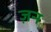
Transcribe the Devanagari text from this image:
ज़न